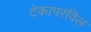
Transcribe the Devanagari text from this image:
टेकापरंविल